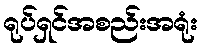
ရုပ်ရှင်အစည်းအရုံး